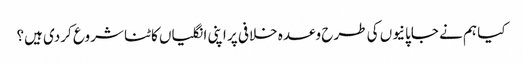
کیا ہم نے جاپانیوں کی طرح وعدہ خلافی پر اپنی انگلیاں کاٹنا شروع کردی ہیں؟